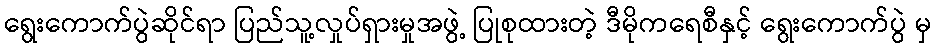
ရွေးကောက်ပွဲဆိုင်ရာ ပြည်သူ့လှုပ်ရှားမှုအဖွဲ့ ပြုစုထားတဲ့ ဒီမိုကရေစီနှင့် ရွေးကောက်ပွဲ မှ